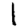
Digit: 1